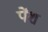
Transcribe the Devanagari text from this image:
पेंश